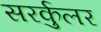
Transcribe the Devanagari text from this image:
सरर्कुलर